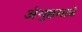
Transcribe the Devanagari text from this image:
अंगुष्ठमात्रं